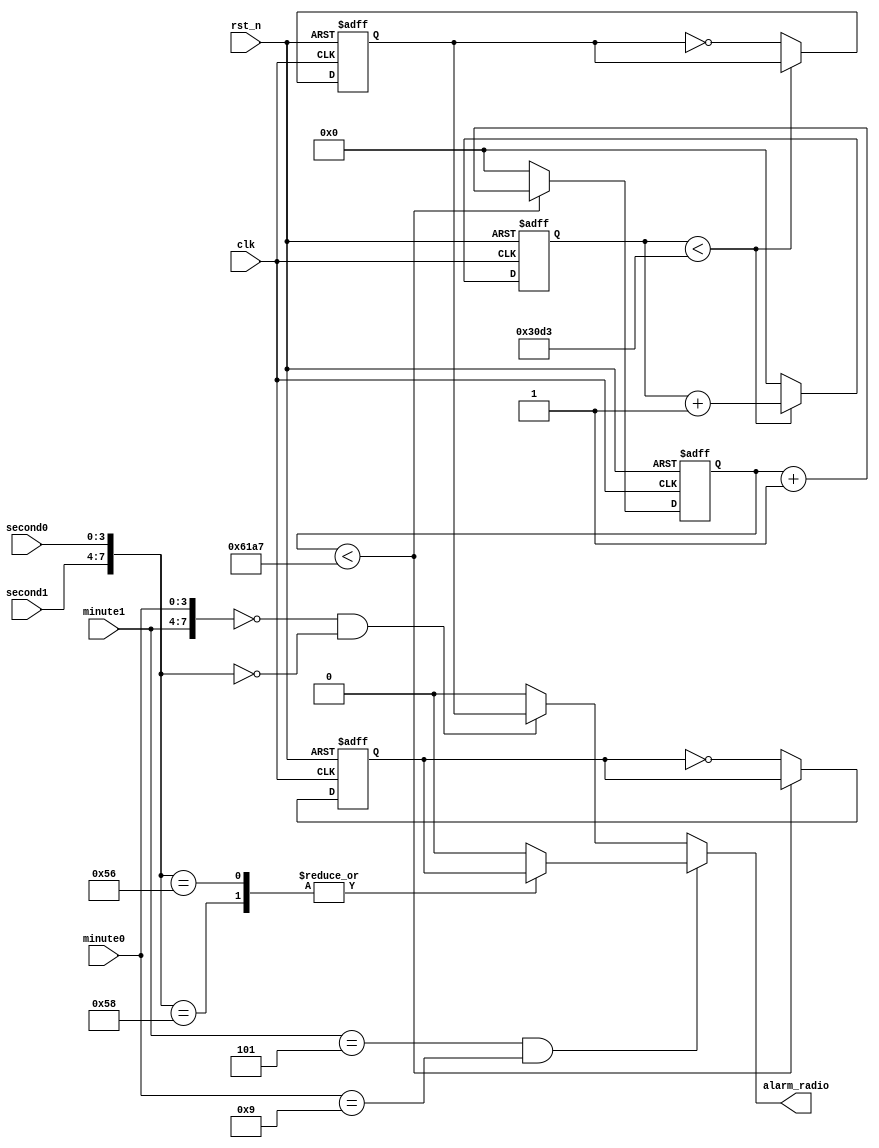
`timescale 1ns / 1ps
//////////////////////////////////////////////////////////////////////////////////
// Company: 
// Engineer: 
// 
// Design Name: 
// Module Name:    oclockPlay 
// Project Name: 
// Target Devices: 
// Tool versions: 
// Description: 
//
// Dependencies: 
//
// Revision: 
// Revision 0.01 - File Created
// Additional Comments: 
//
//////////////////////////////////////////////////////////////////////////////////
module oclockPlay(
	clk,  //
	rst_n, //
	alarm_radio,			//
	minute1,minute0,		//
	second1,second0
	);
		
	input clk, rst_n;
	input  [3:0] minute1,minute0,second1,second0;
	output       alarm_radio; 	
	reg 			 alarm_radio;  			//
	initial 
	begin 
		alarm_radio <= 1'b0;//
	end

	parameter T1MS = 17'd25_000;
	parameter T500US = 17'd12_500;
	
	reg F500HZ, F1KHZ;
	reg [16:0] C1, C2;
	always @ ( posedge clk or negedge rst_n )
	begin
		if (!rst_n)
		begin 
			C1 <= 17'd0;
			F500HZ <= 1'd0;
		end
		else
		begin 
			if (C1 < T1MS - 1) C1 <= C1 + 1'b1;
			else begin C1 <= 17'd0; F500HZ = ~F500HZ; end
		end
	end
	
	always @ (posedge clk or negedge rst_n)
	begin 
		if (!rst_n)
		begin 
			C2 <= 17'd0;
			F1KHZ <= 1'b0;
		end
		else
		begin 
			if (C2 < T500US - 1)	C2 <= C2 + 1'b1;
			else begin C2 <= 17'd0; F1KHZ = ~F1KHZ; end
		end
	end

	
	always @ (minute1 or minute0 or second1 or second0)
	begin 
		begin 
		if ( minute1 == 4'd5 && minute0 == 4'd9)
		begin 
			case ({second1, second0})
				//8'h50, 
				//8'h52,
				//8'h54,
				8'h56,
				8'h58: alarm_radio <= F500HZ;
				default: alarm_radio <= 1'b0;
			endcase
		end
		else if ({minute1, minute0} == 8'h00 && {second1, second0} == 8'h00)
			alarm_radio <= F1KHZ;
		else
			alarm_radio <= 1'b0;
		end
	end

endmodule